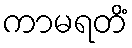
ကာမရတိံ